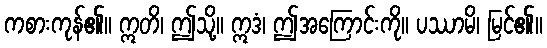
ကစားကုန်၏။ ဣတိ၊ ဤသို့။ ဣဒံ၊ ဤအကြောင်းကို။ ပဿာမိ၊ မြင်၏။